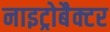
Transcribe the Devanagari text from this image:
नाइट्रोबैक्टर